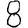
Digit: 8